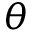
\theta